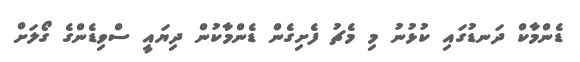
ޑެންމާކް ދަނޑުގައި ކުޅުނު މި މެޗު ފެށިގެން ޑެންމާކުން ދިޔައީ ސްވިޑެންގެ ގޯލަށް